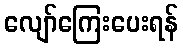
လျော်ကြေးပေးရန်